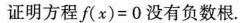
证明方程f (x)=0没有负数根.